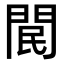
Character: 𨳶